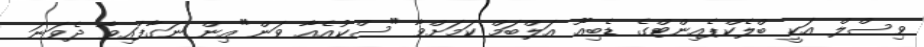
ވިސްލް އަކީ ބްލެކްޕެއިންޓްގެ ޑެބިއޫ އަލްބަމް ކަމަށްވާ "ސްކުއެއާ ވަން"އިން ނަގާފައިވާ ދެވަނަ